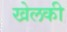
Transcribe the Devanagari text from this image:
खेलकी